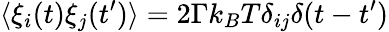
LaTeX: \langle\xi_{i}(t)\xi_{j}(t^{\prime})\rangle=2\Gamma k_{B}T\delta_{ij}\delta(t-t^{\prime})